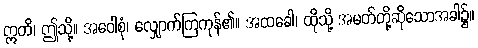
ဣတိ၊ ဤသို့။ အဝေါစုံ၊ လျှောက်ကြကုန်၏။ အထခေါ၊ ထိုသို့ အမတ်တို့ဆိုသောအခါ၌။